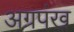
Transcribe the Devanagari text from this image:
अग्रपंख